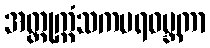
အတ္တုက္ကံသကပရဝမ္ဘကာ